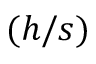
( h / s )